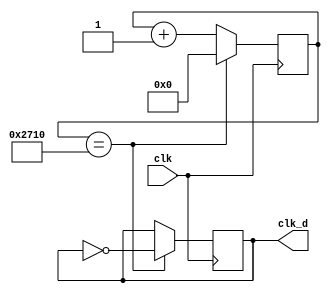
`timescale 1ns / 1ps

module clock_divider(clk, clk_d);
parameter div_value = 14'd10000;
input clk;
output clk_d;
    reg clk_d;
    reg [13:0] count;
        initial
            begin
            clk_d=0;
            count=0;
        end

        always @ (posedge clk)
            begin
                if (count == div_value)
                    count <=0;
                else
                    count <= count + 1;
            end
            
        always @ (posedge clk)
            begin
                if (count == div_value)
                    clk_d <= ~clk_d; // value of clk_d is inverted
            end
endmodule